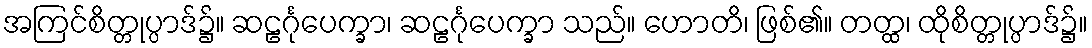
အကြင်စိတ္တုပ္ပာဒ်၌။ ဆဠင်္ဂုပေက္ခာ၊ ဆဠင်္ဂုပေက္ခာ သည်။ ဟောတိ၊ ဖြစ်၏။ တတ္ထ၊ ထိုစိတ္တုပ္ပာဒ်၌။